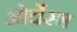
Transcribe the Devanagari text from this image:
ओर्चेस्त्र